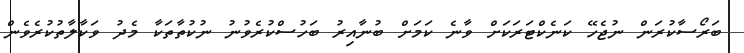
ބަރޯސާކުރަން ނުޖެހޭ ކަނެކްޓަރަކަށް ވާނެ ކަމަށް ބުނާއިރު ބަހުސްކުރެވުނު ނުކުތާތަކާ މެދު ވަކާލާތުކުރެވެން